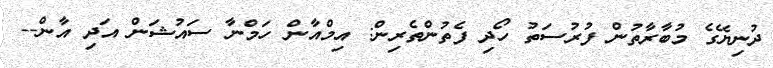
ދުނިޔޭގެ މުބާރާތުން ފުރުސަތު ހޯދި ފެތުންތެރިން: އިމްއާން ހަމްނާ ސައުޝަން އަދި އާން--